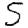
Digit: 5